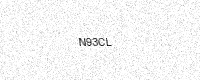
Text: N93CL